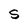
Character: S